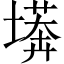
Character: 𭏫